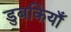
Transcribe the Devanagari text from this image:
डुबकियाँ